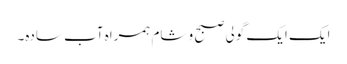
ایک ایک گولی صبح و شام ہمراہ آبِ سادہ۔